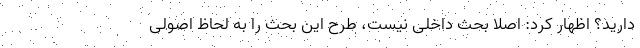
دارید؟ اظهار کرد: اصلا بحث داخلی نیست، طرح این بحث را به لحاظ اصولی